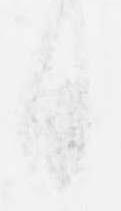
日